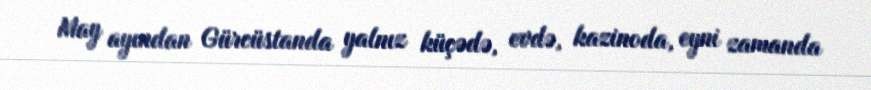
May ayından Gürcüstanda yalnız küçədə, evdə, kazinoda, eyni zamanda